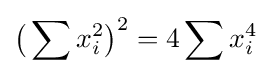
{\big (}\sum x_{i}^{2}{\big )}^{2}=4\sum x_{i}^{4}